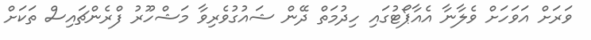
ވަރަށް އަވަހަށް ވެލާނާ އެއާޕޯޓުގައި ހިދުމަތް ދޭން ޝައުގުވެރިވާ މަޝްހޫރު ފްރެންޗައިސް ތަކަށް